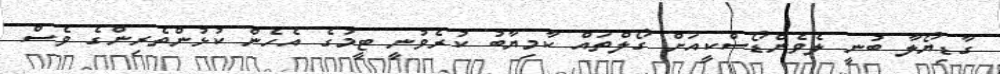
ގާޑިޔޯލާ ބުނީ ލެވެންޑޯސްކީއަށް ގޯލްތައް ކާމިޔާބު ކުރެވުނީ ޓީމުގެ އެހެން ކުޅުންތެރިންގެ ވެސް